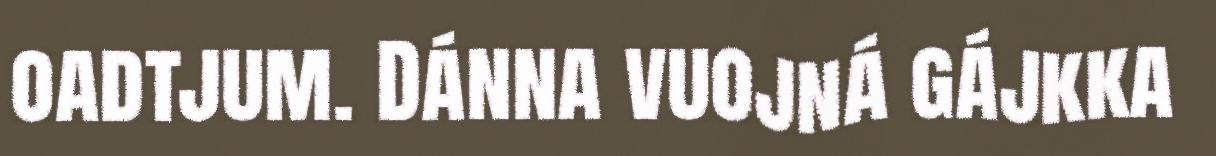
oadtjum. Dánna vuojná gájkka